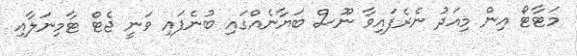
މަޓާޓޯ އިން މިއަދު ނެރެފައިވާ ނޫސް ބަޔާނެއްގައި ބުނެފައި ވަނީ ޖެޓް ޓާމިނަލާއި